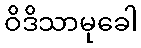
ဝိဒိသာမုခေါ